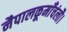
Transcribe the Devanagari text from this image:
नैपालकूमाँचंलौ।